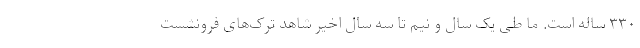
۳۳۰ ساله است. ما طی یک سال و نیم تا سه سال اخیر شاهد ترک‌های فرونشست